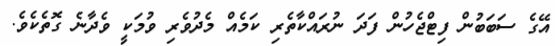
އޭގެ ސަބަބުން ފިޓްޖެހުން ފަދަ ނުރައްކާތެރި ކަމެއް މެދުވެރި ވުމަކީ ވެދާނެ ގޮތެކެވެ.